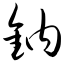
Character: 钠